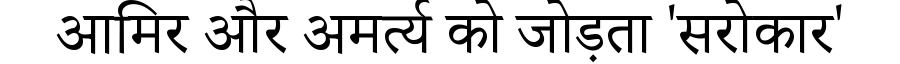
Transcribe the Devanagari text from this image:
आमिर और अमर्त्य को जोड़ता 'सरोकार'